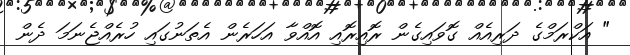
" އަކްރަމްގެ ދަރިއެއް ގޮވައިގެން ރޮއިރޮއި އޮއްވާ އަހަރެން އެތަނުގައި ހުރެއްޖެނަމަ ދެން